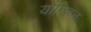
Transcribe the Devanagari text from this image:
योंग्ज़िन